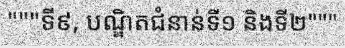
"""ទី៩, បណ្ឌិតជំនាន់ទី១ និងទី២"""